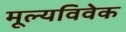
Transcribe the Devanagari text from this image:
मूल्यविवेक